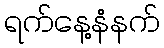
ရက်နေ့နံနက်